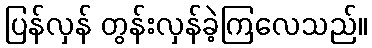
ပြန်လှန် တွန်းလှန်ခဲ့ကြလေသည်။